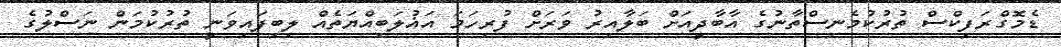
ޑެމޮގްރަފިކްސް ތުރުކުމެނިސްތާނުގެ އާބާދީއަށް ބަލާއިރު ވަރަށް ފުރިހަމަ އަޣުލަބިއްޔަތެއް ލިބިފައިވަނީ ތުރުކުމަން ނަސްލުގެ